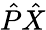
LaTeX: {\hat{P}}{\hat{X}}